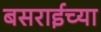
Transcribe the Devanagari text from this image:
बसराईच्या